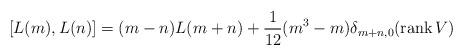
LaTeX: \begin{align*}[L(m),L(n)]=(m-n)L(m+n)+\frac{1}{12}(m^3-m)\delta_{m+n,0}(\mbox{rank}\,V)\end{align*}